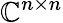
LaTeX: \mathbb{C}^{n\times n}